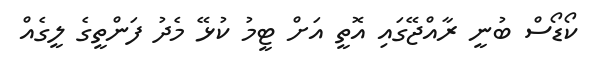
ކޯޑޯސް ބުނީ ރާއްޖޭގައި އޮތީ އަށް ޓީމު ކުޅޭ މެދު ފަންތީގެ ލީގެއް